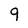
Character: 9